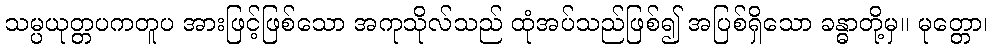
သမ္ပယုတ္တပကတူပ အားဖြင့်ဖြစ်သော အကုသိုလ်သည် ထုံအပ်သည်ဖြစ်၍ အပြစ်ရှိသော ခန္ဓာတို့မှ။ မုတ္တော၊